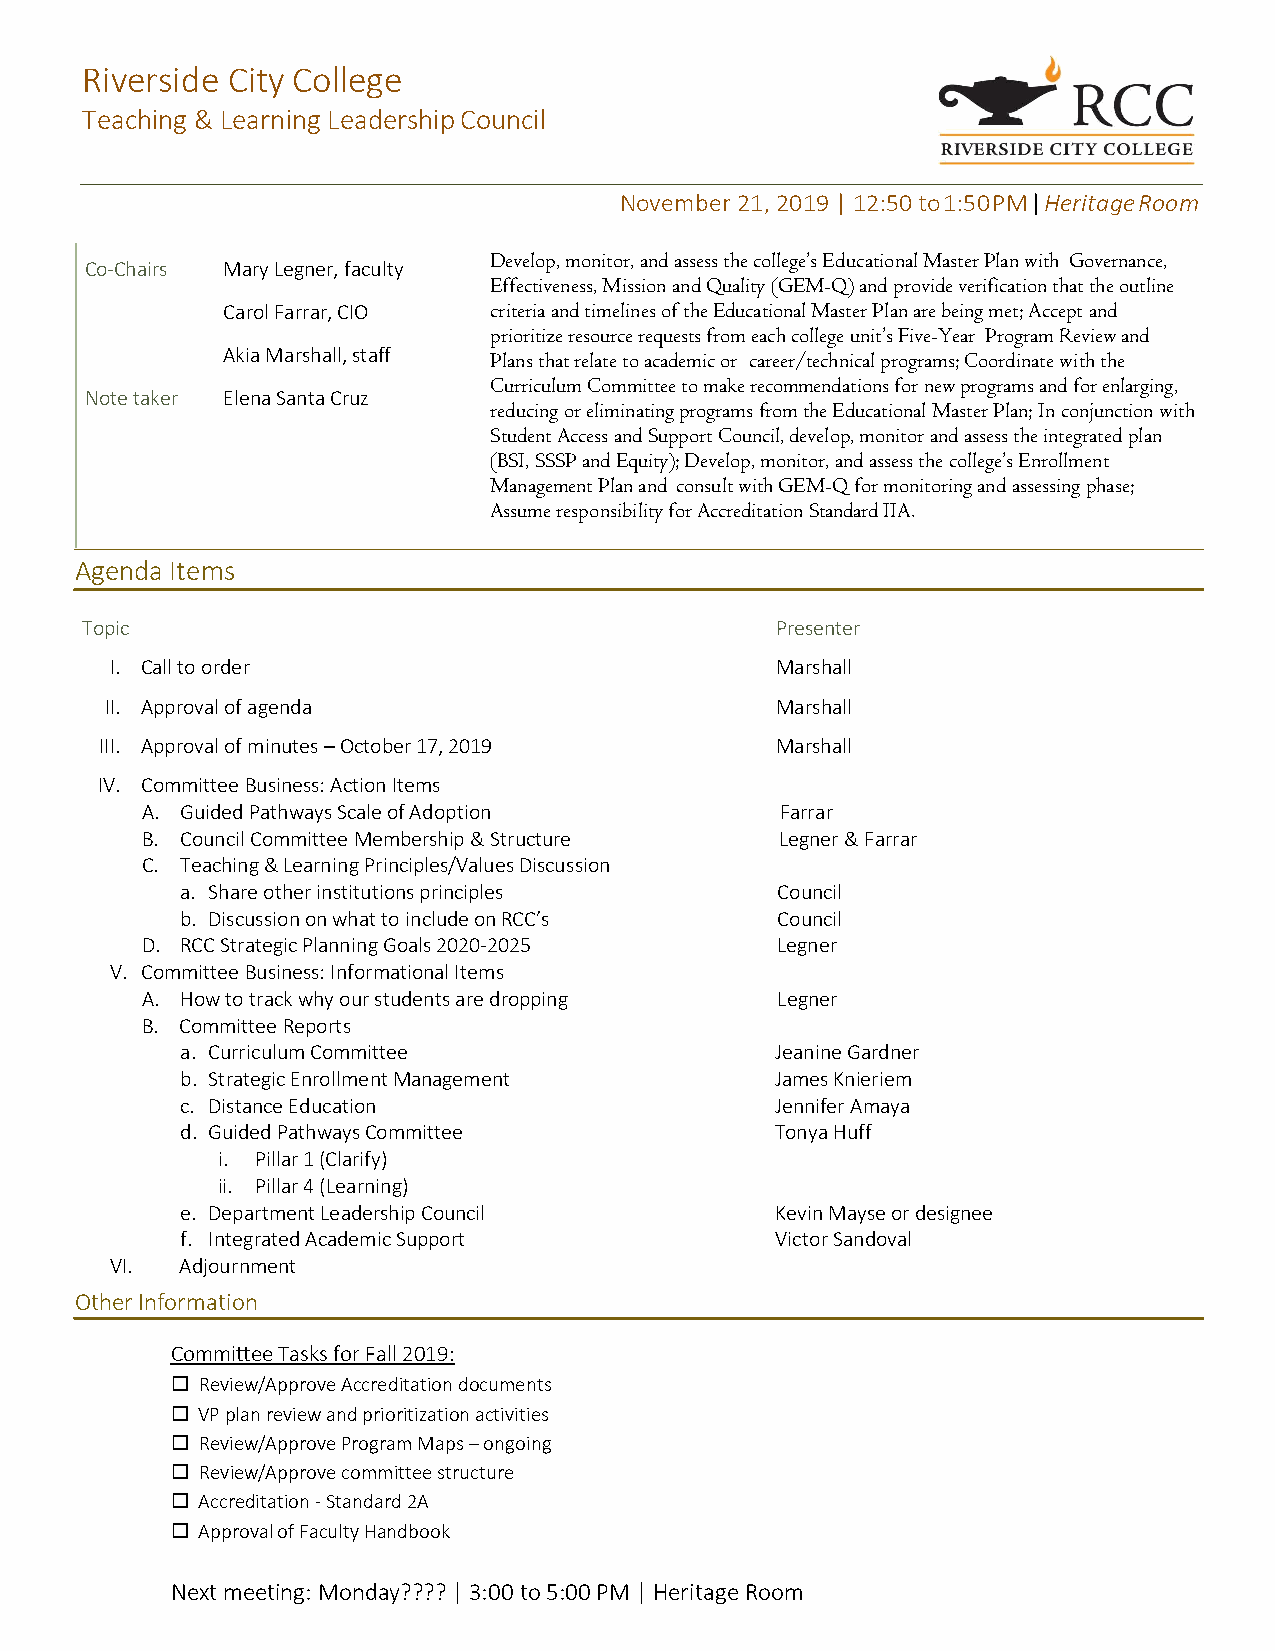
Riverside City College
 Teaching & Learning Leadership Council
 November 21, 2019 | 12:50 to 1:50 PM | Heritage Room
 Develop, monitor, and assess the college’s Educational Master Plan with Governance,
 Co-Chairs Mary Legner, faculty
 Effectiveness, Mission and Quality (GEM-Q) and provide verification that the outline
 Carol Farrar, CIO criteria and timelines of the Educational Master Plan are being met; Accept and
 prioritize resource requests from each college unit’s Five-Year Program Review and
 Akia Marshall, staff Plans that relate to academic or career/technical programs; Coordinate with the
 Curriculum Committee to make recommendations for new programs and for enlarging,
 Note taker Elena Santa Cruz
 reducing or eliminating programs from the Educational Master Plan; In conjunction with
 Student Access and Support Council, develop, monitor and assess the integrated plan
 (BSI, SSSP and Equity); Develop, monitor, and assess the college’s Enrollment
 Management Plan and consult with GEM-Q for monitoring and assessing phase;
 Assume responsibility for Accreditation Standard IIA.
 Agenda Items
 Topic                                         Presenter
 I. Call to order                            Marshall
 II. Approval of agenda                      Marshall
 III. Approval of minutes – October 17, 2019 Marshall
 IV. Committee Business: Action Items
 A. Guided Pathways Scale of Adoption       Farrar
 B. Council Committee Membership & Structure Legner & Farrar
 C. Teaching & Learning Principles/Values Discussion
 a. Share other institutions principles Council
 b. Discussion on what to include on RCC’s Council
 D. RCC Strategic Planning Goals 2020-2025 Legner
 V. Committee Business: Informational Items
 A. How to track why our students are dropping Legner
 B. Committee Reports
 a. Curriculum Committee                Jeanine Gardner
 b. Strategic Enrollment Management     James Knieriem
 c. Distance Education                  Jennifer Amaya
 d. Guided Pathways Committee           Tonya Huff
 i. Pillar 1 (Clarify)
 ii. Pillar 4 (Learning)
 e. Department Leadership Council       Kevin Mayse or designee
 f. Integrated Academic Support         Victor Sandoval
 VI.  Adjournment
 Other Information
 Committee Tasks for Fall 2019:
  Review/Approve Accreditation documents
  VP plan review and prioritization activities
  Review/Approve Program Maps – ongoing
  Review/Approve committee structure
  Accreditation - Standard 2A
  Approval of Faculty Handbook
 Next meeting: Monday???? | 3:00 to 5:00 PM | Heritage Room